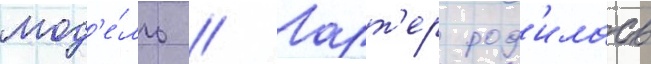
мод'е́ль // Ларт'ер род'илась